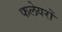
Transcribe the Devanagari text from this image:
फलेयरों